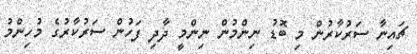
ޗައިނާ ސަރުކާރުން މި ބޮޑު ނިންމުން ނިންމީ ދާދި ފަހުން ސަރުކާރުގެ މުހިންމު